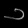
Digit: ၁